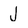
Character: J